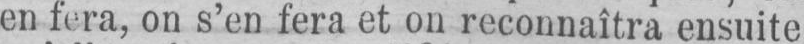
en fera, on s’en fera et on reconnaîtra ensuite